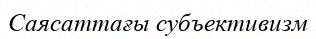
Саясаттағы субъективизм